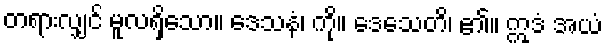
တရားလျှင် မူလရှိသော။ ဒေသနံ၊ ကို။ ဒေသေတိ၊ ၏။ ဣဒံ အယံ